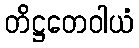
တိဋ္ဌတေဝါယံ